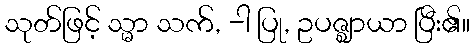
သုတ်ဖြင့် သ္မာ သက်, -ါ ပြု, ဥပဇ္ဈာယာ ပြီး၏။